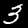
Label: 3